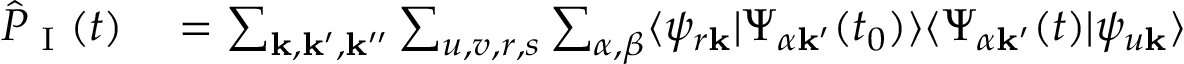
\begin{array} { r l } { \hat { P } _ { \textrm { I } } ( t ) } & { { } = \sum _ { \mathbf { k , k ^ { \prime } , k ^ { \prime \prime } } } \sum _ { u , v , r , s } \sum _ { \alpha , \beta } \langle \psi _ { r \mathbf { k } } | \Psi _ { \alpha \mathbf { k ^ { \prime } } } ( t _ { 0 } ) \rangle \langle \Psi _ { \alpha \mathbf { k ^ { \prime } } } ( t ) | \psi _ { u \mathbf { k } } \rangle } \end{array}